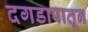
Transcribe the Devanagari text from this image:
दगडापातून